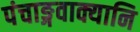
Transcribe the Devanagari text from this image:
पंचाङ्गवाक्यानि